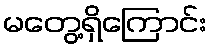
မတွေ့ရှိကြောင်း